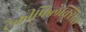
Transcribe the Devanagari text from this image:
टैकीफिलेक्सिस